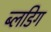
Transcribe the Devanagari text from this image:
ब्लिंडिग